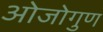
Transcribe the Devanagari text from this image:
ओजोगुण